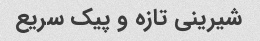
شیرینی تازه و پیک سریع